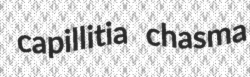
capillitia chasma